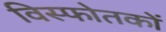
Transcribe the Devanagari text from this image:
विस्फोतकों